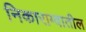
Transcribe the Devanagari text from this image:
निकाराग्वातील